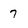
Character: 7